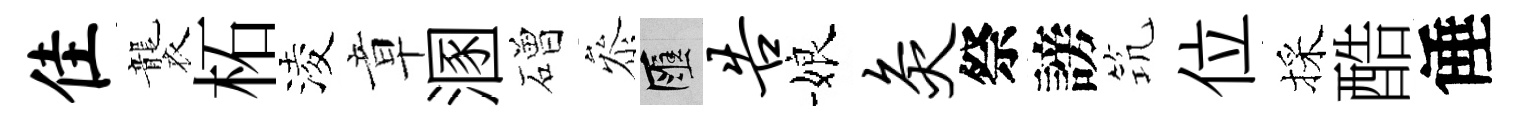
隹襲柘淩章溷磳叅匯告娘灸祭謗𥬑位採酷倕